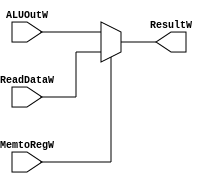
`timescale 1ns / 1ps
//////////////////////////////////////////////////////////////////////////////////
// Company: 
// Engineer: 
// 
// Design Name: 
// Module Name:    MemtoRegW_Mulselect 
// Project Name: 
// Target Devices: 
// Tool versions: 
// Description: 
//
// Dependencies: 
//
// Revision: 
// Revision 0.01 - File Created
// Additional Comments: 
//
//////////////////////////////////////////////////////////////////////////////////
module MemtoRegW_Mulselect(
   input MemtoRegW,
	input [31:0]ReadDataW,
	input [31:0]ALUOutW,
	output [31:0]ResultW
    );
 assign ResultW = (~MemtoRegW)?ALUOutW:ReadDataW;

endmodule